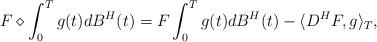
LaTeX: \begin{align*} F \diamond \int_0^T g(t) dB^{H}(t) = F \int_0^T g(t) dB^{H}(t) - \langle D^{H}F,g \rangle_{T},\end{align*}